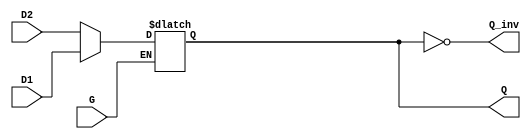
module dual_input_gated_latch (
    input wire D1,      // First data input
    input wire D2,      // Second data input
    input wire G,       // Gate control input
    output reg Q,       // Latch output
    output wire Q_inv    // Inverted output
);

// Invert the latch output for Q'
assign Q_inv = ~Q;

always @(G, D1, D2) begin
    if (G) begin
        // When G is high, choose between D1 and D2 based on additional selection logic
        // For this example, let's assume a simple selection based on D1 and D2, 
        // you can implement your own selection logic as needed.
        if (/* Selection logic here, for example: */ D1_valid) begin
            Q <= D1;  // Capture D1 when selected
        end else begin
            Q <= D2;  // Capture D2 when selected
        end
    end
    // When G is low, hold the last value of Q
end

endmodule